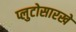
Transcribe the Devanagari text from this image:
प्लुटोसारखे